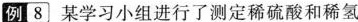
例8 某学习小组进行了测定稀硫酸和稀氢